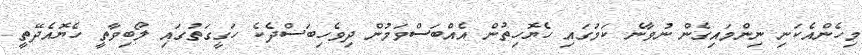
މިހެންއެކަނި ނިންމައިގެން ނުވާނެ ކަމުގައި ހެޔޮހިތުން އެއްބަސްވަމުން ދިވެހިބަސްދެކެ ހަގީގަތުގައި ލޯބިވާތީ ހެޔޮއެދޭތީ